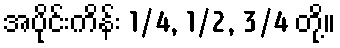
အပိုင်းကိန်း 1/4, 1/2, 3/4 တို့။